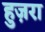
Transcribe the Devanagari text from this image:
हुज़रा